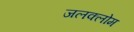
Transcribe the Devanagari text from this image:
जलक्लोम